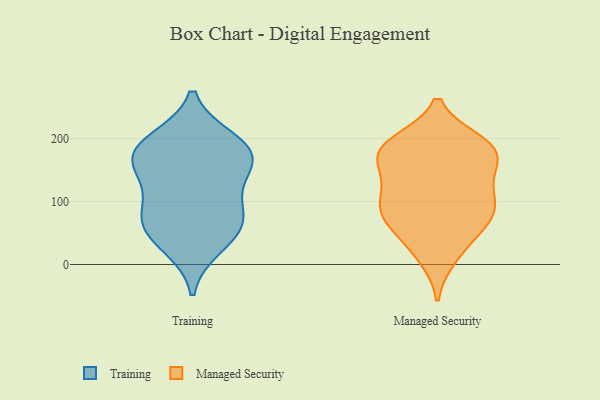
{"axis": {"x": "Satisfaction Score", "y": "Value"}, "legend": ["Managed Security", "Training"], "data": [{"x": "", "y": 147, "type": "Training"}, {"x": "", "y": 146, "type": "Training"}, {"x": "", "y": 196, "type": "Training"}, {"x": "", "y": 58, "type": "Training"}, {"x": "", "y": 84, "type": "Training"}, {"x": "", "y": 184, "type": "Training"}, {"x": "", "y": 87, "type": "Training"}, {"x": "", "y": 175, "type": "Training"}, {"x": "", "y": 180, "type": "Training"}, {"x": "", "y": 30, "type": "Training"}, {"x": "", "y": 59, "type": "Training"}, {"x": "", "y": 183, "type": "Managed Security"}, {"x": "", "y": 108, "type": "Managed Security"}, {"x": "", "y": 124, "type": "Managed Security"}, {"x": "", "y": 177, "type": "Managed Security"}, {"x": "", "y": 178, "type": "Managed Security"}, {"x": "", "y": 70, "type": "Managed Security"}, {"x": "", "y": 12, "type": "Managed Security"}, {"x": "", "y": 144, "type": "Managed Security"}, {"x": "", "y": 55, "type": "Managed Security"}, {"x": "", "y": 194, "type": "Managed Security"}, {"x": "", "y": 192, "type": "Managed Security"}, {"x": "", "y": 131, "type": "Managed Security"}, {"x": "", "y": 186, "type": "Managed Security"}, {"x": "", "y": 84, "type": "Managed Security"}, {"x": "", "y": 170, "type": "Managed Security"}, {"x": "", "y": 77, "type": "Managed Security"}, {"x": "", "y": 24, "type": "Managed Security"}, {"x": "", "y": 85, "type": "Managed Security"}, {"x": "", "y": 88, "type": "Managed Security"}]}